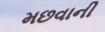
મછવાની